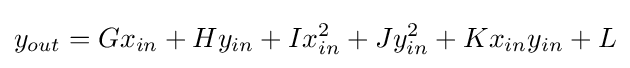
y_{out}=Gx_{in}+Hy_{in}+Ix_{in}^{2}+Jy_{in}^{2}+Kx_{in}y_{in}+L